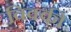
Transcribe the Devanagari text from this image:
विक्‍की